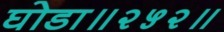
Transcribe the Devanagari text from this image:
घोडा॥२५२॥